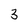
Character: 3